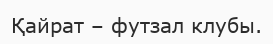
Қайрат – футзал клубы.